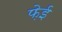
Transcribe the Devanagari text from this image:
फ़ेई